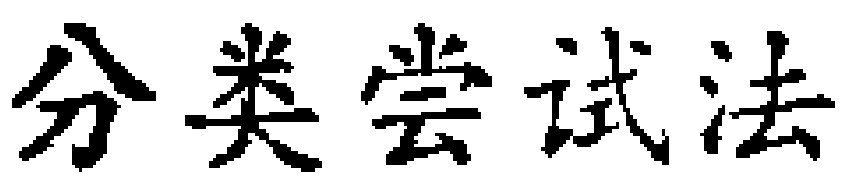
分类尝试法